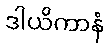
ဒါယိကာနံ